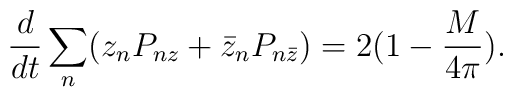
\frac{d}{dt}\sum_n (z_n P_{nz} + \bar z_n P_{n \bar z})=2(1-\frac{M}{4\pi}).